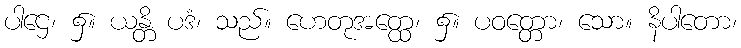
ပါဌေ၊ ၌။ ယန္တိ ပဒံ၊ သည်။ ဟေတုအတ္ထေ၊ ၌။ ပဝတ္တော၊ သော။ နိပါတော၊